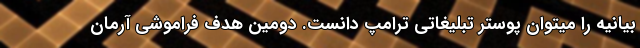
بیانیه را میتوان پوستر تبلیغاتی ترامپ دانست. دومین هدف فراموشی آرمان